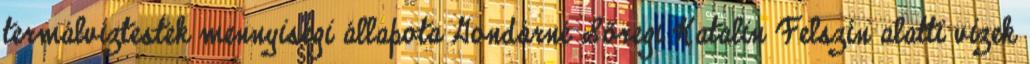
termálvíztestek mennyiségi állapota Gondárné Sőregi Katalin Felszín alatti vizek